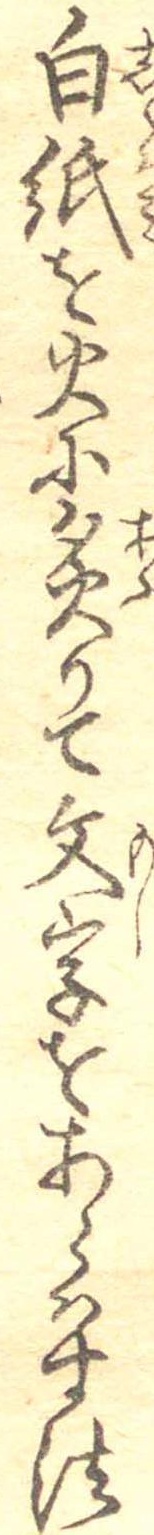
白紙を火に炙りて文字をあらはす法